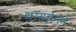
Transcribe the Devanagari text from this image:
थॉमसेनने